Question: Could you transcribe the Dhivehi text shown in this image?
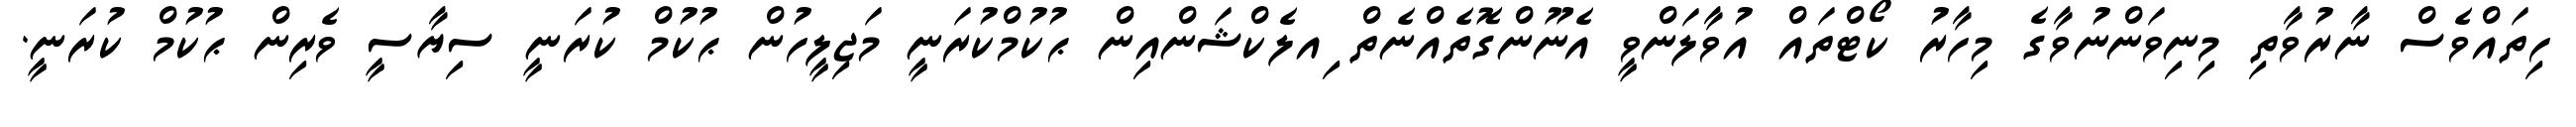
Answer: ހިތައްވެސް ނާރުވާތި މިނިވަންނުވާގެ މިހާރު ކޯޓްތައް އުވާލަންވީ އެނޫންގޮތެއްނެތް ިއލެކްޝަންއިން ޙުކުމްކުރަނީ މަޖިލީހުން ޙުކުމް ކުރަނީ ސިޔާސީ ވެރިން ޙުކުމް ކުރަނީ.